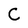
Character: C